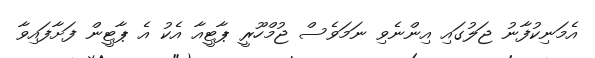
އެމަނިކުފާނު ޖަލުގައި އިންނެވި ނަމަވެސް ޖުމްހޫރީ ޕާޓީއާ އެކު އެ ޕާޓީން ފަށާފައިވާ